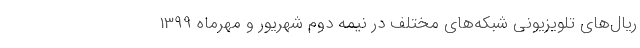
ریال‌های تلویزیونی شبکه‌های مختلف در نیمه دوم شهریور و مهرماه 1399